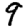
Digit: 9